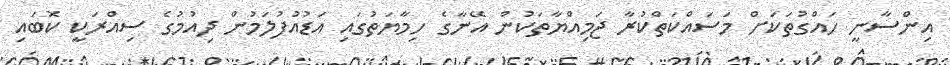
އިންސާނީ ހައްގުތަކަށް މަސައްކަތްކުރާ ޖަމިއްޔާތަކުން އޭނާގެ ހިމާޔަތުގައި އަޑުއުފުލަމުން ދިއުމުގެ ސިއްރަކީ ކޮބައި